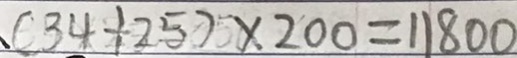
( 3 4 \div 2 5 ) \times 2 0 0 = 1 1 8 0 0